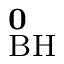
\mathbf { ^ 0 _ { \mathrm { B H } } }